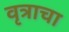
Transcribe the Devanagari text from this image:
वृत्राचा